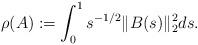
LaTeX: \begin{align*} \rho(A) := \int_0^1 s^{-1/2} \|B(s)\|_2^2 ds. \end{align*}